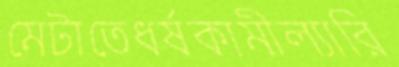
মেটাতেধর্ষকামীল্যারি